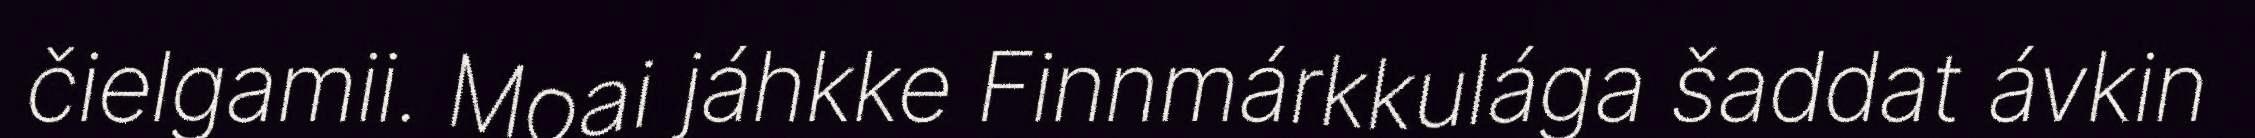
čielgamii. Moai jáhkke Finnmárkkulága šaddat ávkin